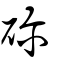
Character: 䂧